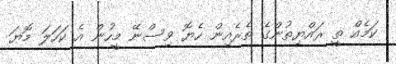
ކަމެއް ތީ ރައްޔިތުންގެ ތެރެއިން ހެޔޮ ވިސްނޭ މީހުން އެ ކަހަލަ މޮޔަ